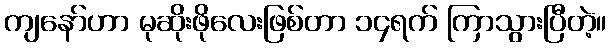
ကျနော်ဟာ မုဆိုးဖိုလေးဖြစ်တာ ၁၄ရက် ကြာသွားပြီတဲ့။